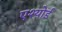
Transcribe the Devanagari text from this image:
एश्योर्ड